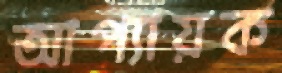
আপ্যায়ক